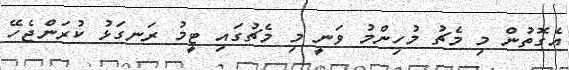
އެގޮތުން މި މެޗު މުހިންމު ވަނީ މި މެޗުގައި ޓީމު ރަނގަޅު ކުރަންޖެހޭ